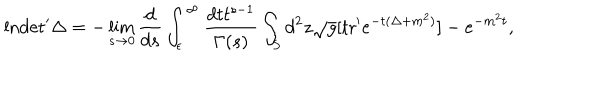
\mathrm { l n } \mathrm { d e t ^ { \prime } } \Delta = - \lim _ { s \to 0 } { \frac { d } { d s } } \int _ { \epsilon } ^ { \infty } { \frac { d t t ^ { s - 1 } } { \Gamma ( s ) } } \int _ { S } d ^ { 2 } z { \sqrt { g } } [ \mathrm { t r ^ { \prime } } e ^ { - t ( \Delta + m ^ { 2 } ) } ] - e ^ { - m ^ { 2 } t } ,